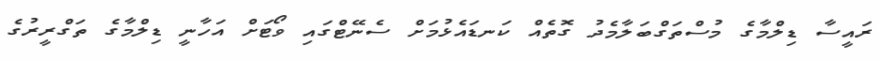
ރައީސާ ޑިލްމާގެ މުސްތަގްބަލާމެދު ގޮތެއް ކަނޑައެޅުމަށް ސެނޭޓްގައި ވޯޓަށް އަހާނީ ޑިލްމާގެ ތަގްރީރުގެ